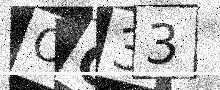
Text: OC33